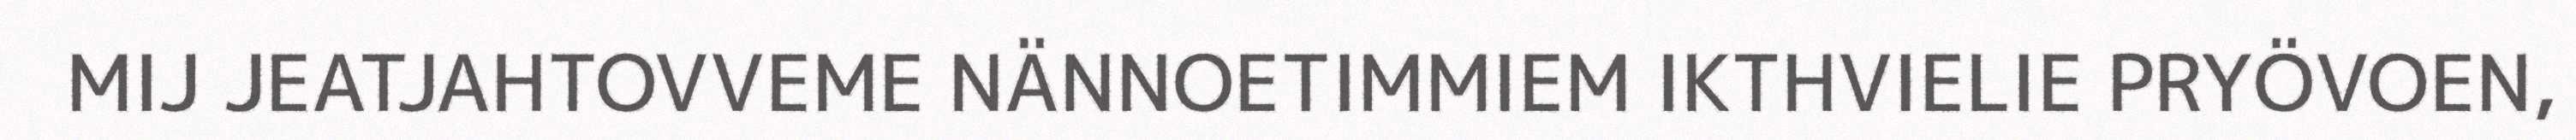
MIJ JEATJAHTOVVEME NÄNNOETIMMIEM IKTHVIELIE PRYÖVOEN,